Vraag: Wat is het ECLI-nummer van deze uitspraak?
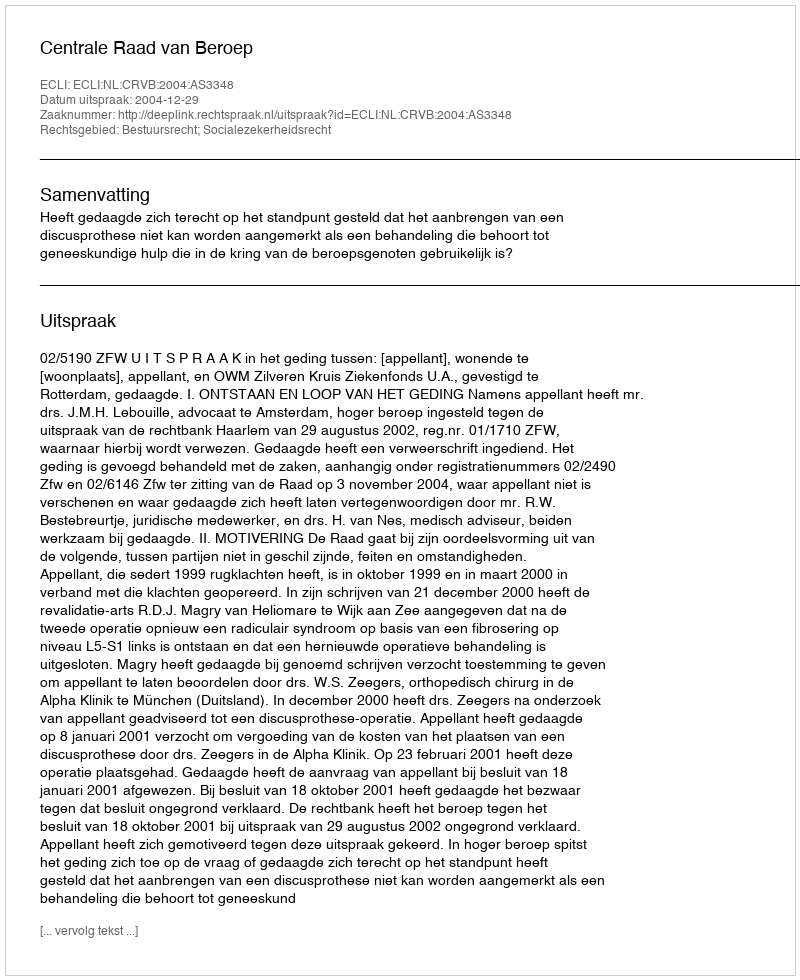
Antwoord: ECLI:NL:CRVB:2004:AS3348